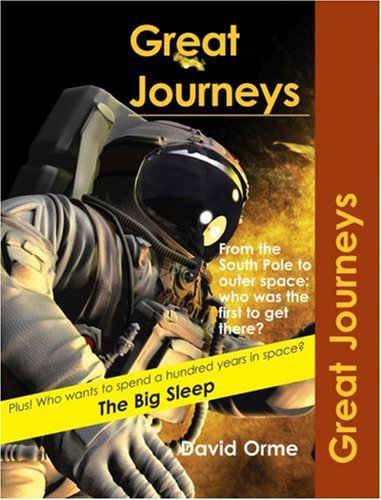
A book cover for Great Journeys (Trailblazers); David Orme; Teen & Young Adult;